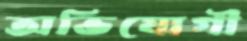
অভিযোগী